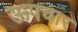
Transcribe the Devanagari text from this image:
ऊपचार